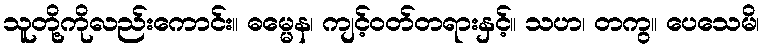
သူတို့ကိုလည်းကောင်း။ ဓမ္မေန၊ ကျင့်ဝတ်တရားနှင့်။ သဟ၊ တကွ။ ပေသေမိ၊